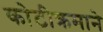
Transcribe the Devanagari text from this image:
कोटीक्रमाने